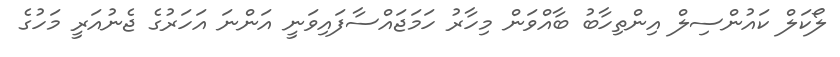
ލޯކަލް ކައުންސިލް އިންތިހާބު ބާއްވަން މިހާރު ހަމަޖައްސާފައިވަނީ އަންނަ އަހަރުގެ ޖެނުއަރީ މަހުގެ